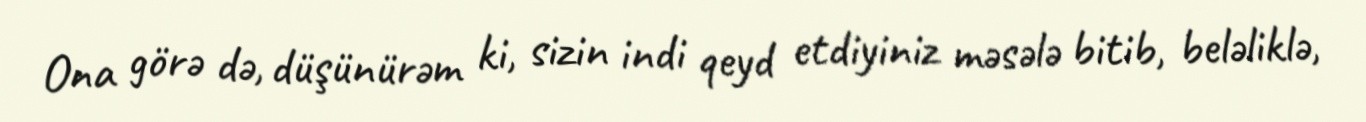
Ona görə də, düşünürəm ki, sizin indi qeyd etdiyiniz məsələ bitib, beləliklə,